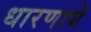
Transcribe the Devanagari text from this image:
धारणाये